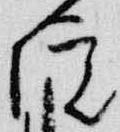
院